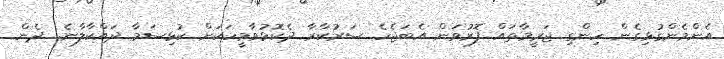
އެންމެންގުޅިގެން ހިންގި ޖަރީމާތައް ފޮރުވަން އެބަޖެހެ ސަރުކާރާ ދެކޮޅުވާމީހަކަށް ކުޅިސަމާ ދައްކާލާނެ. ދެން